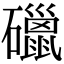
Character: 䃳